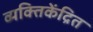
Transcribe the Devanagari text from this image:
व्यक्तिकेंद्रित